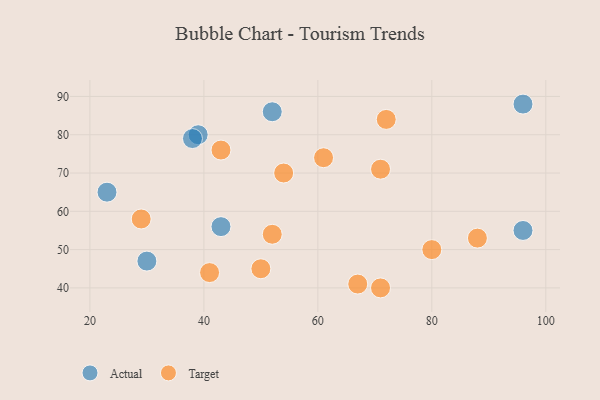
{"axis": {"x": "GDP", "y": "Life Expectancy"}, "legend": ["Actual", "Target"], "data": [{"x": "96", "y": 55, "type": "Actual"}, {"x": "39", "y": 80, "type": "Actual"}, {"x": "43", "y": 56, "type": "Actual"}, {"x": "30", "y": 47, "type": "Actual"}, {"x": "38", "y": 79, "type": "Actual"}, {"x": "23", "y": 65, "type": "Actual"}, {"x": "96", "y": 88, "type": "Actual"}, {"x": "52", "y": 86, "type": "Actual"}, {"x": "72", "y": 84, "type": "Target"}, {"x": "50", "y": 45, "type": "Target"}, {"x": "54", "y": 70, "type": "Target"}, {"x": "67", "y": 41, "type": "Target"}, {"x": "88", "y": 53, "type": "Target"}, {"x": "29", "y": 58, "type": "Target"}, {"x": "71", "y": 71, "type": "Target"}, {"x": "61", "y": 74, "type": "Target"}, {"x": "41", "y": 44, "type": "Target"}, {"x": "52", "y": 54, "type": "Target"}, {"x": "71", "y": 40, "type": "Target"}, {"x": "43", "y": 76, "type": "Target"}, {"x": "80", "y": 50, "type": "Target"}]}